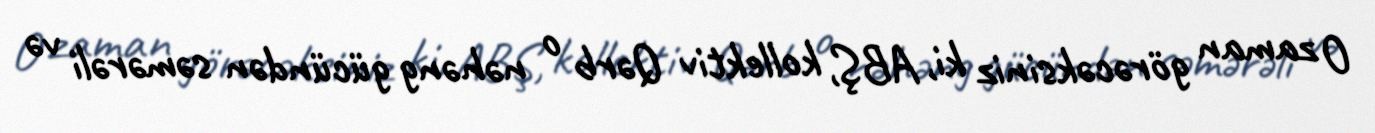
O zaman görəcəksiniz ki, ABŞ, kollektiv Qərb o nəhəng gücündən səmərəli və